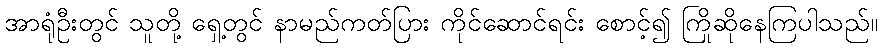
အာရုံဦးတွင် သူတို့ ရှေ့တွင် နာမည်ကတ်ပြား ကိုင်ဆောင်ရင်း စောင့်၍ ကြိုဆိုနေကြပါသည်။